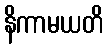
နိကာမယတိ